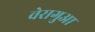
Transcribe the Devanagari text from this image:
वेरागुआ